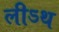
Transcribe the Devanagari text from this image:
लीऽथ